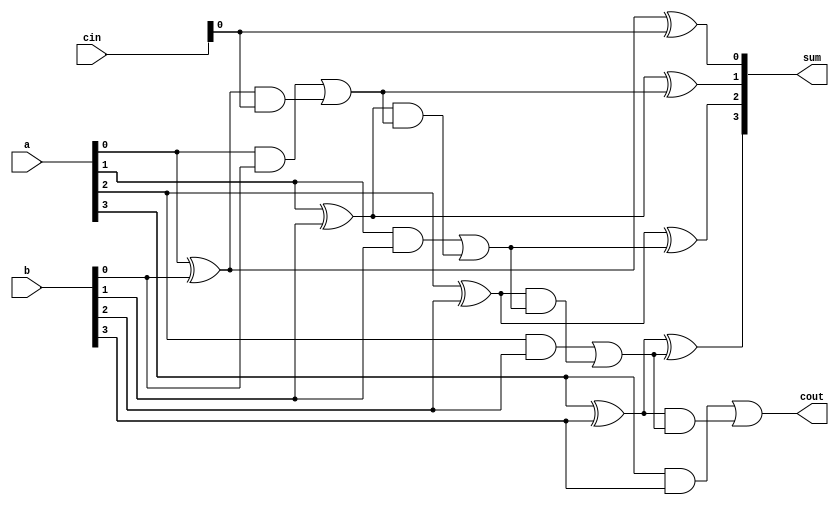
`timescale 1ns / 1ps
//////////////////////////////////////////////////////////////////////////////////
// Company: 
// Engineer: 
// 
// Design Name: 
// Module Name: carrylookaheadadder
// Project Name: 
// Target Devices: 
// Tool Versions: 
// Description: 
// 
// Dependencies: 
// 
// Revision:
// Revision 0.01 - File Created
// Additional Comments:
// 
//////////////////////////////////////////////////////////////////////////////////



   module carrylookadder (
   input [3:0] a, b, cin,
   output [3:0] sum,
   output cout 
      );
    wire g0,p0,g1,p1,g2,p2,g3,p3;
    wire c1,c2,c3;
    assign g0 = a[0] & b[0];
    assign p0 = a[0] ^ b[0];
    assign sum[0] = a[0] ^ b[0] ^ cin;
    assign c1 = g0 | (p0 &cin);
    assign g1 = a[1] & b[1];
    assign p1 = a[1] ^ b[1];
    assign sum[1] = a[1] ^ b[1] ^ c1;
    assign c2 = g1 | (p1 & c1);
    assign g2 = a[2] & b[2];
    assign p2 = a[2] ^ b[2];
    assign sum[2] = a[2] ^ b[2] ^ c2;
    assign c3 = g2 | (p2 & c2);
    assign g3 = a[3] & b[3];
    assign p3 = a[3] ^ b[3];
    assign sum[3] = a[3] ^ b[3] ^ c3;
    assign cout = g3 | (p3 & c3);
    endmodule